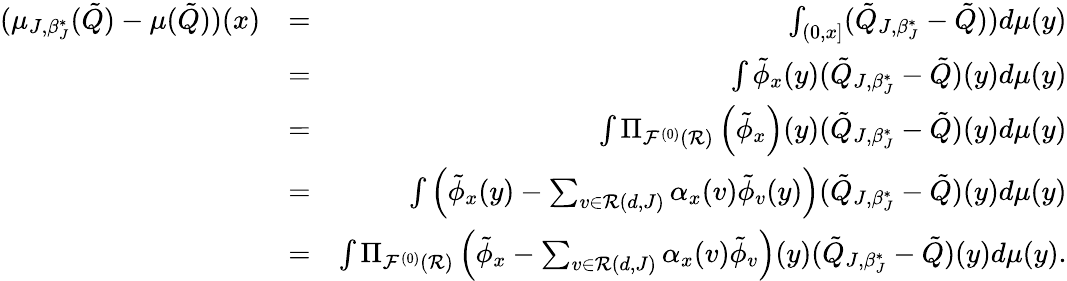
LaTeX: \begin{array}{rlr}{(\mu_{J,\beta_{J}^{*}}(\tilde{Q})-\mu(\tilde{Q}))(x)}&{=}&{\int_{(0,x]}(\tilde{Q}_{J,\beta_{J}^{*}}-\tilde{Q}))d\mu(y)}\\ &{=}&{\int\tilde{\phi}_{x}(y)(\tilde{Q}_{J,\beta_{J}^{*}}-\tilde{Q})(y)d\mu(y)}\\ &{=}&{\int\Pi_{{\cal F}^{(0)}({\cal R})}\left(\tilde{\phi}_{x}\right)(y)(\tilde{Q}_{J,\beta_{J}^{*}}-\tilde{Q})(y)d\mu(y)}\\ &{=}&{\int\left(\tilde{\phi}_{x}(y)-\sum_{v\in{\cal R}(d,J)}\alpha_{x}(v)\tilde{\phi}_{v}(y)\right)(\tilde{Q}_{J,\beta_{J}^{*}}-\tilde{Q})(y)d\mu(y)}\\ &{=}&{\int\Pi_{{\cal F}^{(0)}({\cal R})}\left(\tilde{\phi}_{x}-\sum_{v\in{\cal R}(d,J)}\alpha_{x}(v)\tilde{\phi}_{v}\right)(y)(\tilde{Q}_{J,\beta_{J}^{*}}-\tilde{Q})(y)d\mu(y).}\end{array}